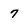
Character: 7